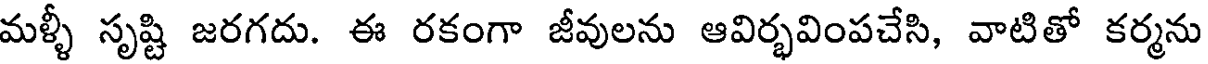
మళ్ళీ సృష్టి జరగదు. ఈ రకంగా జీవులను ఆవిర్భవింపచేసి, వాటితో కర్మను